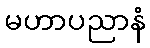
မဟာပညာနံ